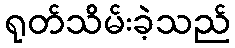
ရုတ်သိမ်းခဲ့သည်